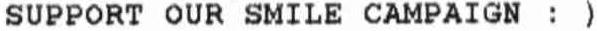
SUPPORT OUR SMILE CAMPAIGN : )